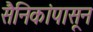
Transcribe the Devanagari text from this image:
सैनिकांपासून